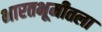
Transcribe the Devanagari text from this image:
भारतभूमीतला